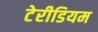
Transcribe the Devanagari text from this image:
टेरीडियम